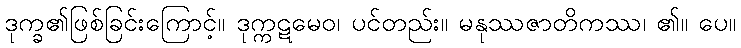
ဒုက္ခ၏ဖြစ်ခြင်းကြောင့်။ ဒုက္ကဋမေဝ၊ ပင်တည်း။ မနုဿဇာတိကဿ၊ ၏။ ပေ။